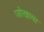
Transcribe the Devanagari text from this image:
जोखावा